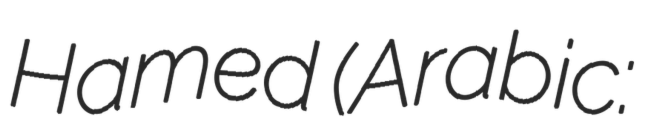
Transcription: Hamed (Arabic: عبـدالله